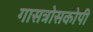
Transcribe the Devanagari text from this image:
गासत्रोसकोपी